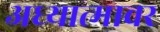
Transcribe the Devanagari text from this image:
अध्यात्मावर